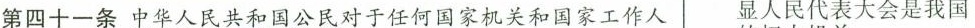
第四十-条中华人民共和国公民对于任何国家机关和国家工作人显人民代表大会是我国